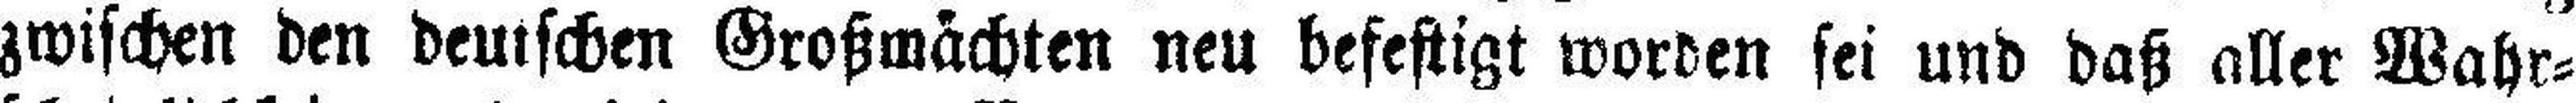
zwischen den deutschen Großmächten neu befestigt worden sei und daß aller Wahr¬